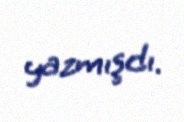
yazmışdı.